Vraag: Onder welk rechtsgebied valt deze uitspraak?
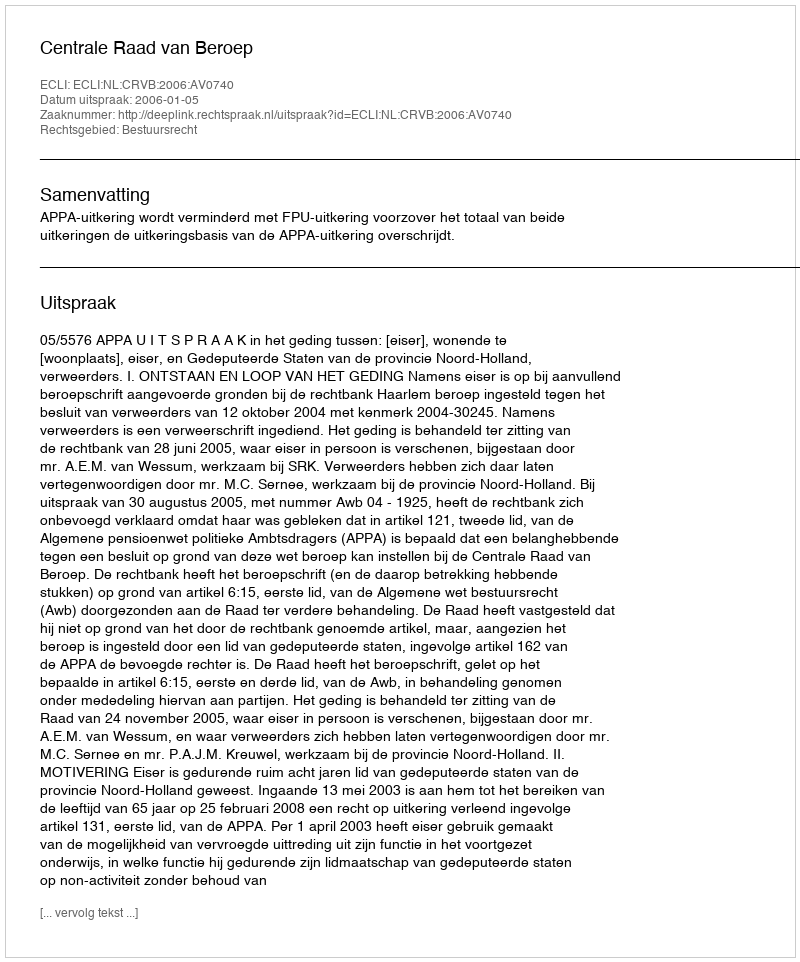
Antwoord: Bestuursrecht